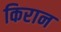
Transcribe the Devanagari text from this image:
किरान